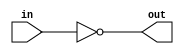
module not_gate(in, out);
	input in;
	output out;
	not(out, in);
endmodule